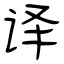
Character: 译